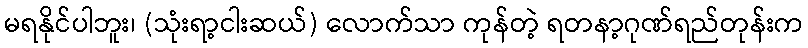
မရနိုင်ပါဘူး၊ (သုံးရာ့ငါးဆယ်) လောက်သာ ကုန်တဲ့ ရတနာ့ဂုဏ်ရည်တုန်းက